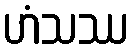
ဟံသဿ